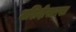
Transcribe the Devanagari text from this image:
मशिदीसारखा